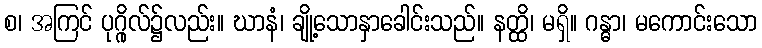
စ၊ အကြင် ပုဂ္ဂိုလ်၌လည်း။ ဃာနံ၊ ချို့သောနှာခေါင်းသည်။ နတ္ထိ၊ မရှိ။ ဂန္ဓာ၊ မကောင်းသော